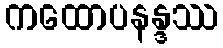
ကထောပနန္ဒဿ